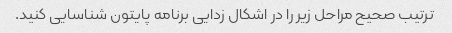
ترتیب صحیح مراحل زیر را در اشکال زدایی برنامه پایتون شناسایی کنید.